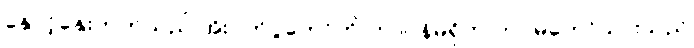
နှောင့်နှေးတတ်သည် အိုးပုတ်ပွဲတော်ကို တာဝန်မရှိဘဲ တပ်မတော်သားသည်